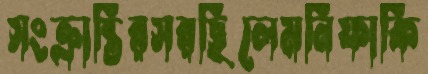
সংক্রান্তিরসরছিলেমনিফাকি